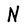
Character: N